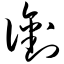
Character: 衔